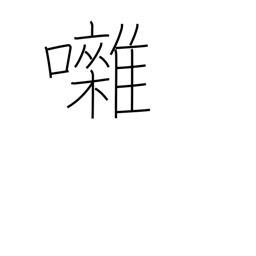
Meaning: banter